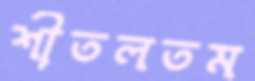
শীতলতম